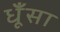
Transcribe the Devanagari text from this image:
धूँसा